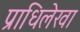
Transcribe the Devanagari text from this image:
प्राधिलेखा